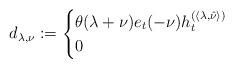
LaTeX: \begin{align*}d_{\lambda,\nu}:=\begin{cases}\theta (\lambda + \nu) e_t (-\nu ) h_t^{ (\langle\lambda ,\hat \nu\rangle )} & \\0 & \end{cases}\end{align*}